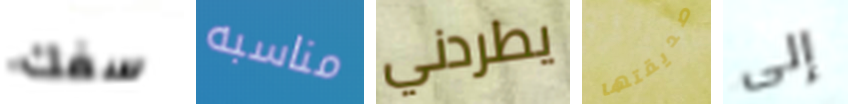
سفك مناسبه يطردني صديقتها إلى